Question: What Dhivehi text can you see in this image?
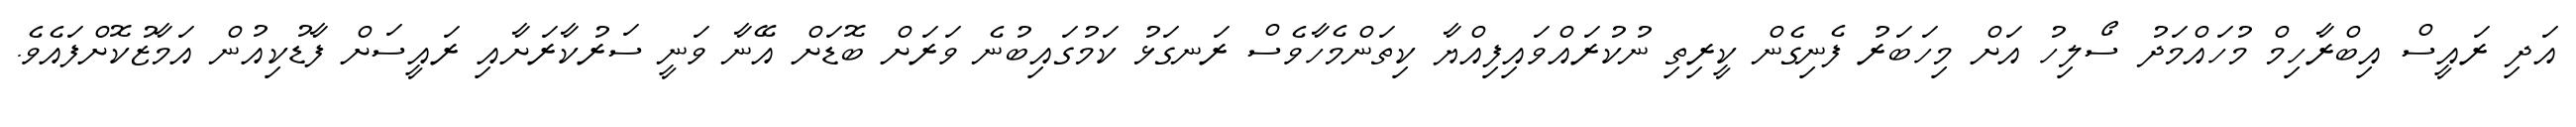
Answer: އަދި ރައީސް އިބްރާހިމް މުހައްމަދު ސޯލިހު އަށް މިހަބަރު ފެނިގެން ކީރިތި ނުކުރައްވައިފިއްޔާ ކިތަންމެހާވެސް ރަނގަޅު ކަމުގައިބުނެ ވަރަށް ބޮޑަށް އޭނާ ވަނީ ސަރުކާރަށާއި ރައީސަށް ފާޑުކިއުން އަމާޒުކޮށްފައެވެ.